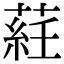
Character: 𦷺